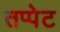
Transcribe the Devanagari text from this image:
तप्पेट